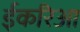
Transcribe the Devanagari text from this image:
ईकरिआ